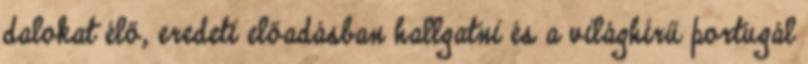
dalokat élő, eredeti előadásban hallgatni és a világhírű portugál